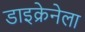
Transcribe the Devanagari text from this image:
डाइक्रेनेला